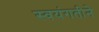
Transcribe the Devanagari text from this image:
स्वयंगतीने